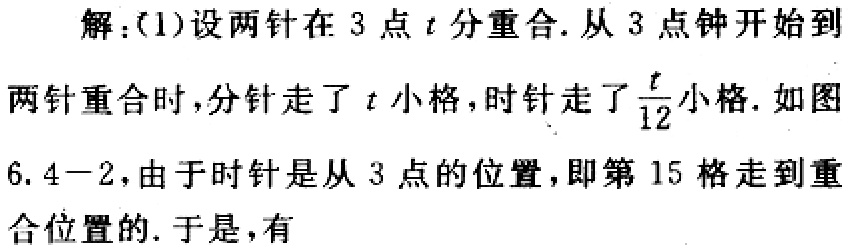
解：(1)设两针在3点\(t\)分重合.从3点钟开始到两针重合时，分针走了\(t\)小格，时针走了\(\frac{t}{12}\)小格.如图6.4 - 2，由于时针是从3点的位置，即第15格走到重合位置的. 于是，有